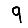
Digit: 9